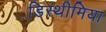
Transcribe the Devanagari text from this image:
डिस्थीमिया